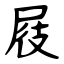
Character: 屐